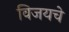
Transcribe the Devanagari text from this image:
विजयचे